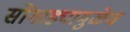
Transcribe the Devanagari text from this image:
सोंगाड्यामुळेच